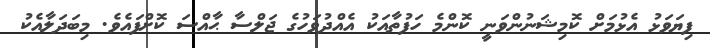
ފިޔަވަޅު އެޅުމަށް ކޮމިޝަނުންވަނީ ކޮންމެ ހަފުތާއަކު އެއްދުވަހުގެ ޖަލްސާ ޙާއްސަ ކޮށްފައެވެ. މިބަދަލާއެކު